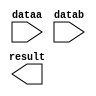
// megafunction wizard: %LPM_MULT%VBB%
// GENERATION: STANDARD
// VERSION: WM1.0
// MODULE: lpm_mult 

// ============================================================
// Megafunction Name(s):
// 			lpm_mult
//
// Simulation Library Files(s):
// 			lpm
// ============================================================
// ************************************************************
// THIS IS A WIZARD-GENERATED FILE. DO NOT EDIT THIS FILE!
//
// 11.0 Build 157 04/27/2011 SJ Full Version
// ************************************************************

//Copyright (C) 1991-2011 Altera Corporation
//Your use of Altera Corporation's design tools, logic functions 
//and other software and tools, and its AMPP partner logic 
//functions, and any output files from any of the foregoing 
//(including device programming or simulation files), and any 
//associated documentation or information are expressly subject 
//to the terms and conditions of the Altera Program License 
//Subscription Agreement, Altera MegaCore Function License 
//Agreement, or other applicable license agreement, including, 
//without limitation, that your use is for the sole purpose of 
//programming logic devices manufactured by Altera and sold by 
//Altera or its authorized distributors.  Please refer to the 
//applicable agreement for further details.

module scalePixelabcdSMult (
	dataa,
	datab,
	result);

	input	[35:0]  dataa;
	input	[35:0]  datab;
	output	[71:0]  result;

endmodule

// ============================================================
// CNX file retrieval info
// ============================================================
// Retrieval info: PRIVATE: AutoSizeResult NUMERIC "1"
// Retrieval info: PRIVATE: B_isConstant NUMERIC "0"
// Retrieval info: PRIVATE: ConstantB NUMERIC "0"
// Retrieval info: PRIVATE: INTENDED_DEVICE_FAMILY STRING "Stratix IV"
// Retrieval info: PRIVATE: LPM_PIPELINE NUMERIC "0"
// Retrieval info: PRIVATE: Latency NUMERIC "0"
// Retrieval info: PRIVATE: SYNTH_WRAPPER_GEN_POSTFIX STRING "0"
// Retrieval info: PRIVATE: SignedMult NUMERIC "0"
// Retrieval info: PRIVATE: USE_MULT NUMERIC "1"
// Retrieval info: PRIVATE: ValidConstant NUMERIC "0"
// Retrieval info: PRIVATE: WidthA NUMERIC "36"
// Retrieval info: PRIVATE: WidthB NUMERIC "36"
// Retrieval info: PRIVATE: WidthP NUMERIC "72"
// Retrieval info: PRIVATE: aclr NUMERIC "0"
// Retrieval info: PRIVATE: clken NUMERIC "0"
// Retrieval info: PRIVATE: new_diagram STRING "1"
// Retrieval info: PRIVATE: optimize NUMERIC "1"
// Retrieval info: LIBRARY: lpm lpm.lpm_components.all
// Retrieval info: CONSTANT: LPM_HINT STRING "MAXIMIZE_SPEED=9"
// Retrieval info: CONSTANT: LPM_REPRESENTATION STRING "UNSIGNED"
// Retrieval info: CONSTANT: LPM_TYPE STRING "LPM_MULT"
// Retrieval info: CONSTANT: LPM_WIDTHA NUMERIC "36"
// Retrieval info: CONSTANT: LPM_WIDTHB NUMERIC "36"
// Retrieval info: CONSTANT: LPM_WIDTHP NUMERIC "72"
// Retrieval info: USED_PORT: dataa 0 0 36 0 INPUT NODEFVAL "dataa[35..0]"
// Retrieval info: USED_PORT: datab 0 0 36 0 INPUT NODEFVAL "datab[35..0]"
// Retrieval info: USED_PORT: result 0 0 72 0 OUTPUT NODEFVAL "result[71..0]"
// Retrieval info: CONNECT: @dataa 0 0 36 0 dataa 0 0 36 0
// Retrieval info: CONNECT: @datab 0 0 36 0 datab 0 0 36 0
// Retrieval info: CONNECT: result 0 0 72 0 @result 0 0 72 0
// Retrieval info: GEN_FILE: TYPE_NORMAL scalePixelabcdSMult.v TRUE
// Retrieval info: GEN_FILE: TYPE_NORMAL scalePixelabcdSMult.inc FALSE
// Retrieval info: GEN_FILE: TYPE_NORMAL scalePixelabcdSMult.cmp FALSE
// Retrieval info: GEN_FILE: TYPE_NORMAL scalePixelabcdSMult.bsf FALSE
// Retrieval info: GEN_FILE: TYPE_NORMAL scalePixelabcdSMult_inst.v FALSE
// Retrieval info: GEN_FILE: TYPE_NORMAL scalePixelabcdSMult_bb.v TRUE
// Retrieval info: LIB_FILE: lpm